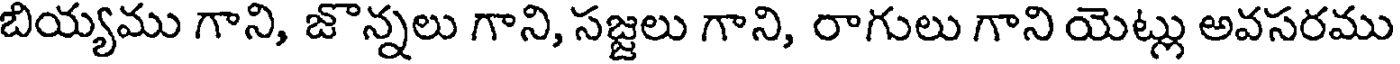
బియ్యము గాని, జొన్నలు గాని, సజ్జలు గాని, రాగులు గాని యెట్లు అవసరము